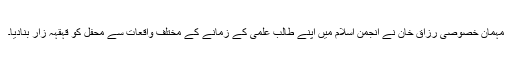
مہمان خصوصی رزاق خان نے انجمن اسلام میں اپنے طالب علمی کے زمانے کے مختلف واقعات سے محفل کو قہقہہ زار بنادیا۔